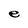
Character: e